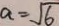
a = \sqrt { 6 }